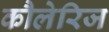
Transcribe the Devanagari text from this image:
कौलेरिज